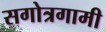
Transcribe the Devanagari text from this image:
सगोत्रगामी